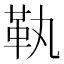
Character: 𩉝